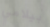
بيلامي